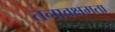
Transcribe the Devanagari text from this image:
तनावक्षमता